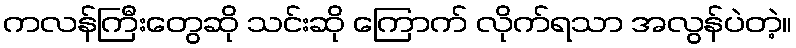
ကလန်ကြီးတွေဆို သင်းဆို ကြောက် လိုက်ရသာ အလွန်ပဲတဲ့။